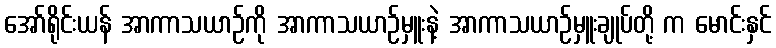
အော်ရိုင်းယန် အာကာသယာဉ်ကို အာကာသယာဉ်မှူးနဲ့ အာကာသယာဉ်မှူးချုပ်တို့ က မောင်းနှင်